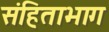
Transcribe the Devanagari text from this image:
संहिताभाग